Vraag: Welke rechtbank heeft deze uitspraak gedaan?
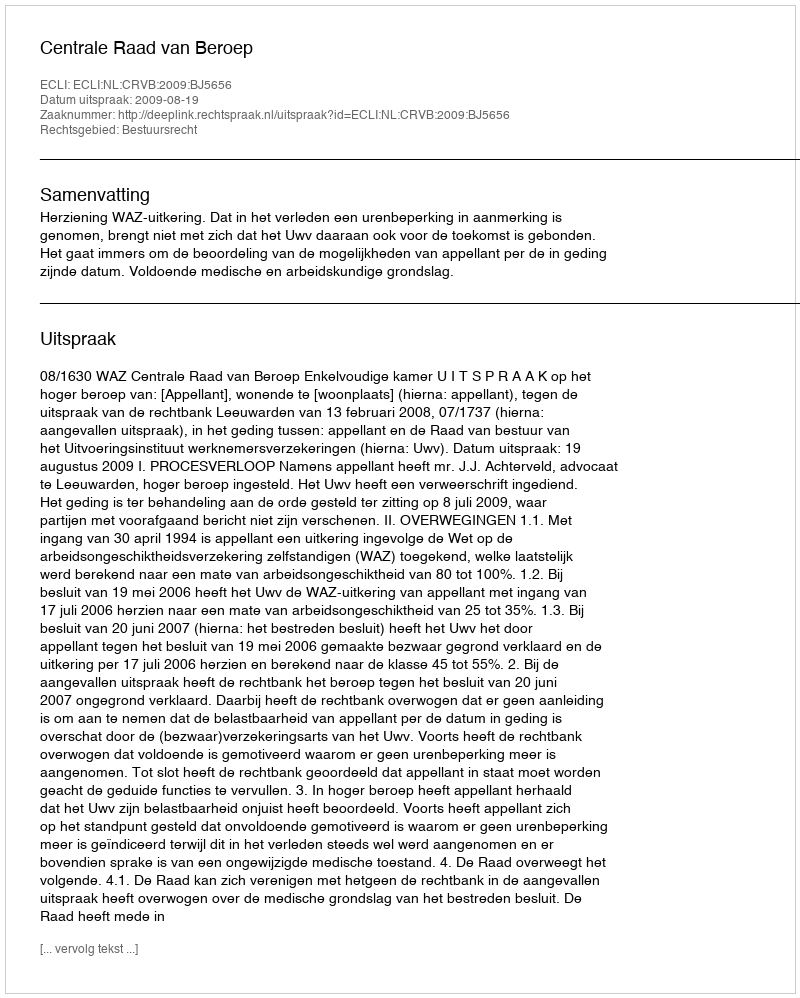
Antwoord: Centrale Raad van Beroep